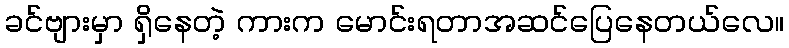
ခင်ဗျားမှာ ရှိနေတဲ့ ကားက မောင်းရတာအဆင်ပြေနေတယ်လေ။